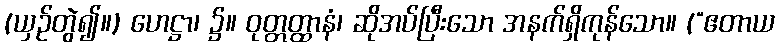
(ယှဉ်တွဲ၍။) ဟေဋ္ဌာ၊ ၌။ ဝုတ္တတ္ထာနံ၊ ဆိုအပ်ပြီးသော အနက်ရှိကုန်သော။ (“ဧတာယ